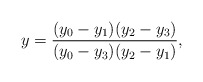
\begin{align*}y=\frac{(y_0-y_1)(y_2-y_3)}{(y_0-y_3)(y_2-y_1)},\end{align*}